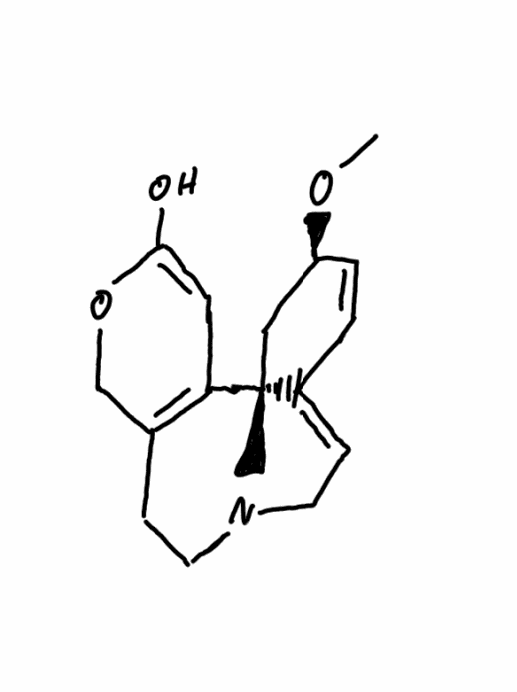
Simplified molecular-input line-entry system (SMILES) notation of the given molecule:
CO[C@@H]1C[C@@]23C(=CCN2CCC4=C3C=C(OC4)O)C=C1